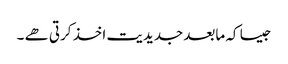
جیسا کہ مابعد جدیدیت اخذ کرتی ھے ۔